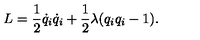
L = \frac { 1 } { 2 } \dot { q } _ { i } \dot { q } _ { i } + \frac { 1 } { 2 } \lambda ( q _ { i } q _ { i } - 1 ) .